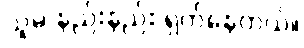
သူမ နည်းနည်း ရှက်နေတယ်။